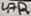
Text: 47R